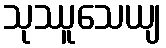
သုဿူသေယျ